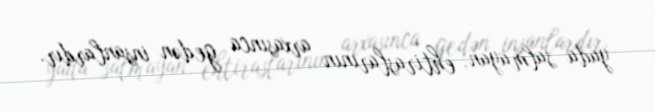
yada salmayan, ehtiraslarının arxasınca gedən insanlardır.